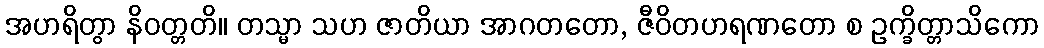
အဟရိတွာ နိဝတ္တတိ။ တသ္မာ သဟ ဇာတိယာ အာဂတတော, ဇီဝိတဟရဏတော စ ဥက္ခိတ္တာသိကော